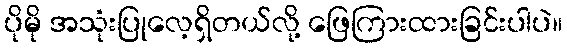
ပိုမို အသုံးပြုလေ့ရှိတယ်လို့ ဖြေကြားထားခြင်းပါပဲ။